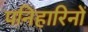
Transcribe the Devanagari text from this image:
पनिहारिनों